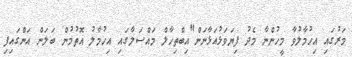
މަރުގައި އިހުމާލުވާ މީހުންނާ މެދު ފިޔަވަޅުއަޅާނަން"އިބްތިހާލް މައްސަލާގައި އިހުމާލު އޮތުމުން ބަލަން އަންގައިފި